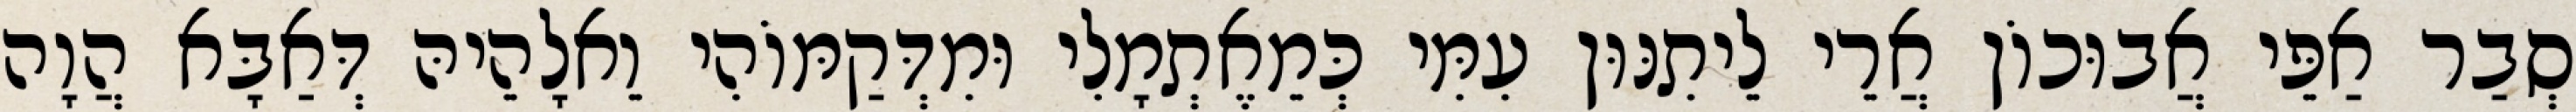
סְבַר אַפֵּי אֲבוּכוֹן אֲרֵי לֵיתִנּוּן עִמִּי כְּמֵאֶתְמָלִי וּמִדְּקַמּוֹהִי וֵאלָהֵיהּ דְּאַבָּא הֲוָה